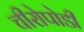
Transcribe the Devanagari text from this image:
चीरोपोडी